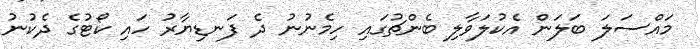
މައްސަލަ ބަލަން އެކުލަވާލި ބެންޗުގައި ހިމެނުނު ދެ ފަނޑިޔާރު ހައި ކޯޓުގެ ދެކުނު